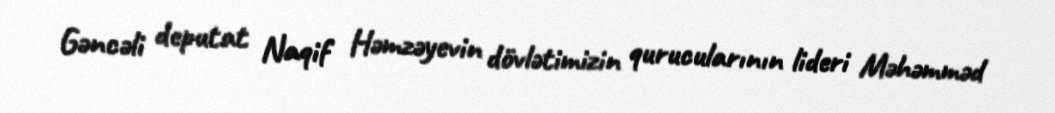
Gəncəli deputat Naqif Həmzəyevin dövlətimizin qurucularının lideri Məhəmməd